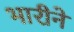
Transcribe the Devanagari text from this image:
भारीने